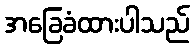
အခြေခံထားပါသည်